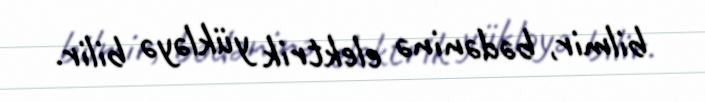
bilmir, bədəninə elektrik yükləyə bilir.